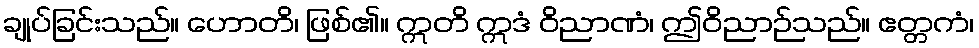
ချုပ်ခြင်းသည်။ ဟောတိ၊ ဖြစ်၏။ ဣတိ ဣဒံ ဝိညာဏံ၊ ဤဝိညာဉ်သည်။ ဧတ္တကံ၊